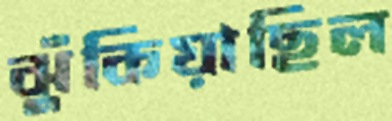
ঝুঁকিয়াছিল